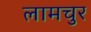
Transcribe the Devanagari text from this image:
लामचुर